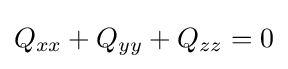
Q_{xx}+Q_{yy}+Q_{zz}=0